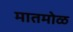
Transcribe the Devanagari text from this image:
मातमोळ